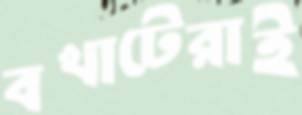
বখাটেরাই